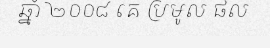
ឆ្នាំ ២០០៨ គេ ប្រមូល ផល